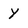
Character: Y